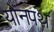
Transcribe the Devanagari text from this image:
योनपथ